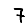
Digit: 7